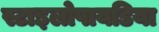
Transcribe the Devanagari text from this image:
स्टाइलोपायडिया